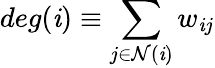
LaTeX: deg({\mathit{i}})\equiv\sum_{j\in\mathcal{{N}}(\mathit{i})}w_{\mathit{i}j}